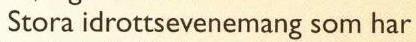
 Stora idrottsevenemang som har